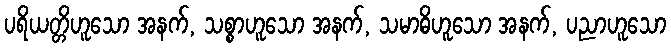
ပရိယတ္တိဟူသော အနက်, သစ္စာဟူသော အနက်, သမာဓိဟူသော အနက်, ပညာဟူသော